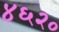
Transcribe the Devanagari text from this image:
४६२०